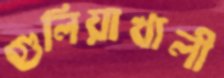
গুলিয়াখালী